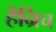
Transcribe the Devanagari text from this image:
हेन्रिच